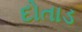
દોતાડ